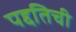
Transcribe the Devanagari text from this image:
पद्दतिची